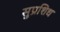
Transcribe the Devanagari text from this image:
सुप्रशिध